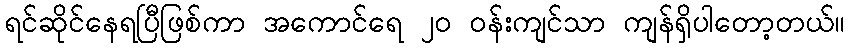
ရင်ဆိုင်နေရပြီဖြစ်ကာ အကောင်ရေ ၂၀ ဝန်းကျင်သာ ကျန်ရှိပါတော့တယ်။